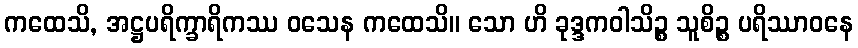
ကထေသိ, အဋ္ဌပရိက္ခာရိကဿ ဝသေန ကထေသိ။ သော ဟိ ခုဒ္ဒကဝါသိဉ္စ သူစိဉ္စ ပရိဿာဝနေ